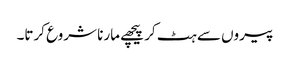
پیروں سے ہٹ کر پیچھے مارنا شروع کرتا۔